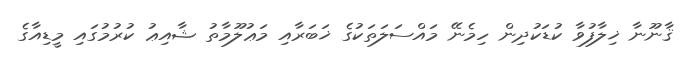
ޤާނޫނާ ޚިލާފުވާ ކުޑަކުދިން ހިމެނޭ މައްސަލަތަކުގެ ޚަބަރާއި މަޢުލޫމާތު ޝާއިޢު ކުރުމުގައި މީޑިއާގެ